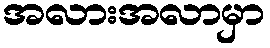
အလားအလာမှာ